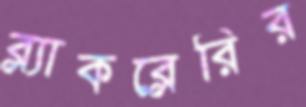
ব্ল্যাকব্লেরির